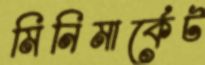
মিনিমার্কেট